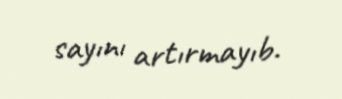
sayını artırmayıb.